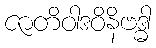
ဇာတိဝါဒဝိနိဗဒ္ဓါ